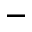
^ { - }